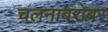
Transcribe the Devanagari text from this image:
चलनाबरोबर